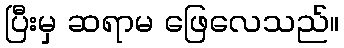
ပြီးမှ ဆရာမ ဖြေလေသည်။